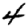
Digit: 4